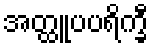
အတ္ထူပပရိက္ခီ